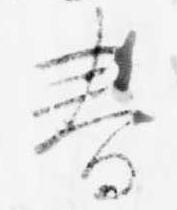
春